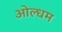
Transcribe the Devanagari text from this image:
ओल्धम